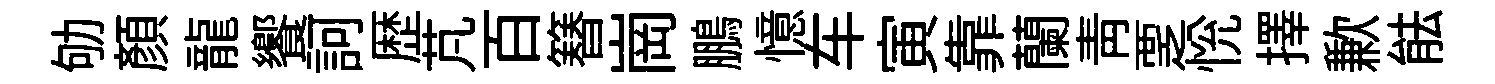
劬顏龍饗訶歴芃百簮崗鵬憶车寅靠蘭靑覂恱擇歉䏻